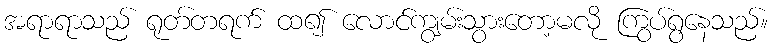
အရာရာသည် ရုတ်တရက် ထ၍ လောင်ကျွမ်းသွားတော့မလို ကြွပ်ရွနေသည်။